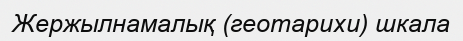
Жержылнамалық (геотарихи) шкала